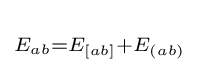
{}_{E_{ab}=E_{[ab]}+E_{(ab)}}